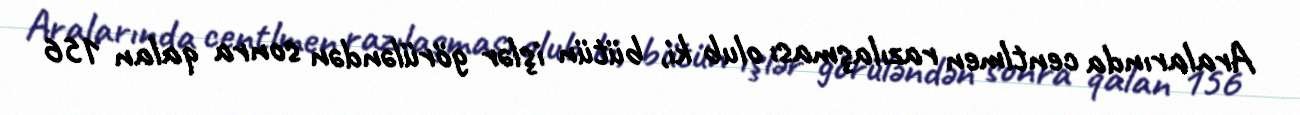
Aralarında centlmen razılaşması olub ki, bütün işlər görüləndən sonra qalan 156